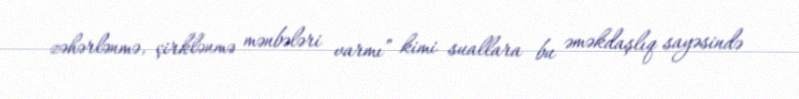
zəhərlənmə, çirklənmə mənbələri varmı” kimi suallara bu əməkdaşlıq sayəsində